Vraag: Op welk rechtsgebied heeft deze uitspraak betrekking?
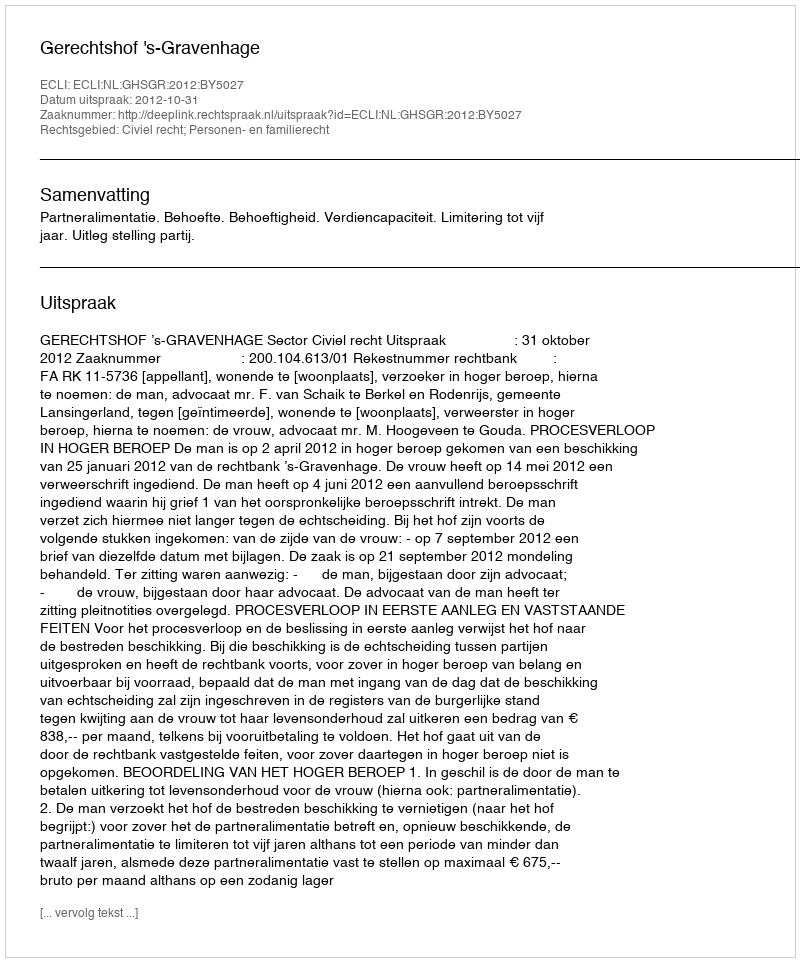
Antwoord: Civiel recht; Personen- en familierecht